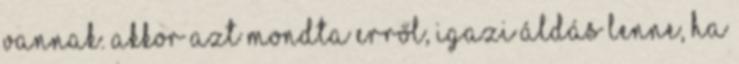
vannak. Akkor azt mondta erről, igazi áldás lenne, ha